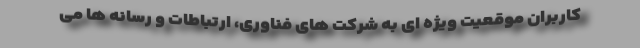
کاربران موقعیت ویژه ای به شرکت های فناوری، ارتباطات و رسانه ها می